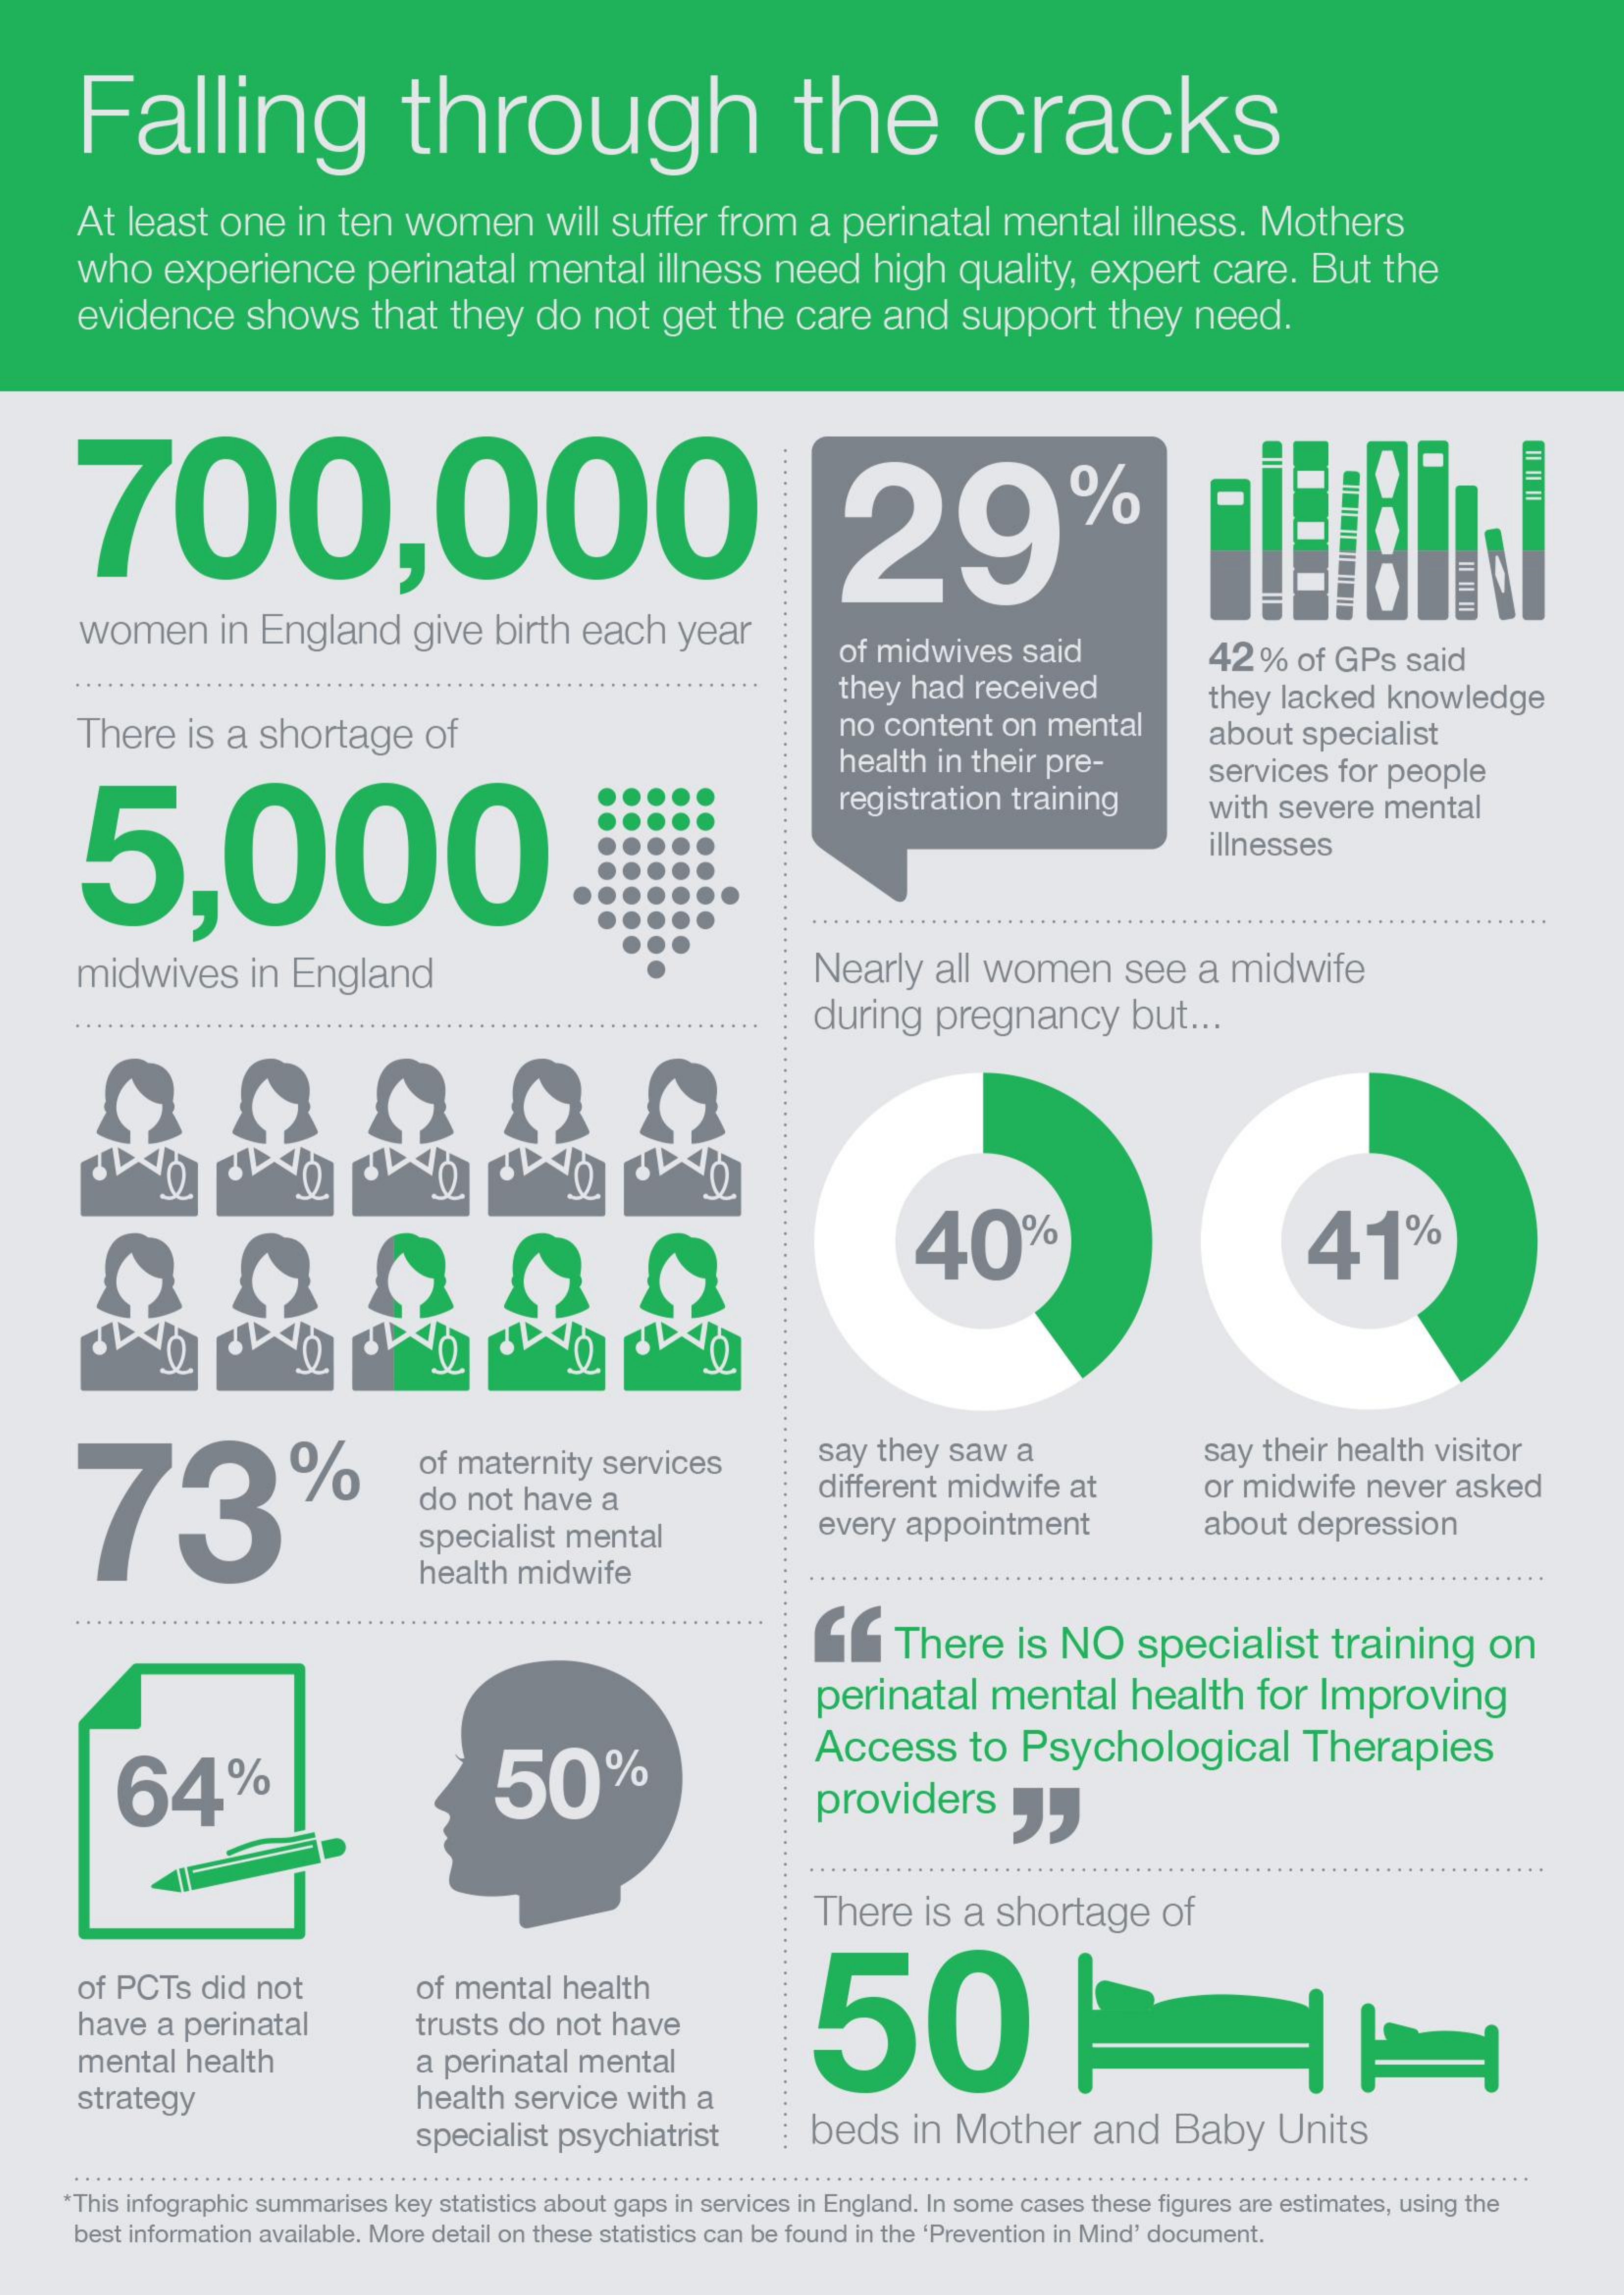
Falling    through    the    cracks
     At  least  one   in ten  women    will  suffer  from   a perinatal    mental    illness.  Mothers
     who    experience    perinatal    mental    illness  need    high  quality,   expert   care.   But  the
     evidence    shows    that  they  do   not  get  the   care  and    support    they   need.
     700,000    29%
     women    in England    give  birth  each    year
     of midwives  said
     they had  received
     42%    of GPs  said
     There  is a  shortage    of    no content  on mental
     they lacked   knowledge
     health  in their pre-
     about  specialist
     5,000
     registration training
     services  for people
     with severe  mental
     illnesses
     midwives    in  England    Nearly   all women    see   a midwife
     during   pregnancy    but  ...
     40    41%
     73
     %    of maternity  services    say they  saw  a
     do not  have  a    different midwife  at
     say their health  visitor
     or midwife  never  asked
     specialist mental    every appointment    about  depression
     health midwife
     There    is NO    specialist    training    on
     perinatal    mental    health    for Improving
     64%    50%
     Access    to  Psychological    Therapies
     providers
     There   is a shortage    of
     of PCTs   did not    of mental  health
     50    LE have a perinatal trusts do not have
     mental health    a perinatal mental
     strategy    health service  with a
     specialist psychiatrist    beds    in Mother    and   Baby    Units
     This infographic summarises key statistics about gaps in services in England. In some cases these figures are estimates, using the
     best information available. More detail on these statistics can be found in the 'Prevention in Mind' document.